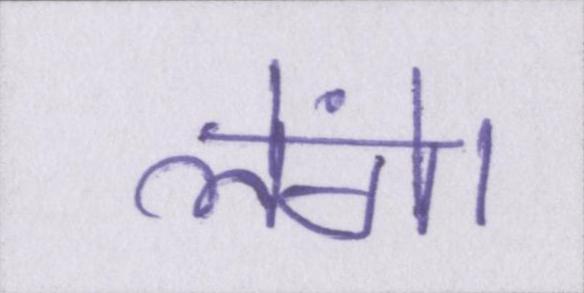
लेंगे।